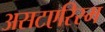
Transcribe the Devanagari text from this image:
असटएरिस्म